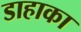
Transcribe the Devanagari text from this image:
डाहाका